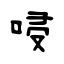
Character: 唚